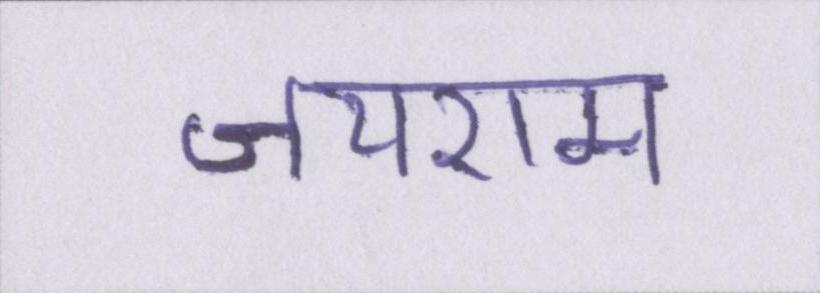
जयराम